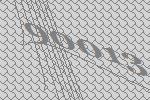
90013